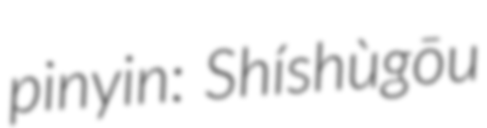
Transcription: pinyin: Shíshùgōu